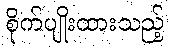
စိုက်ပျိုးထားသည့်